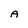
Character: A